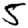
Digit: 5